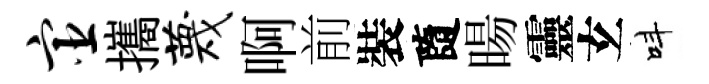
宦攜蔑啊前裝隨暘靈𤣥呌